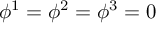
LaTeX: \phi ^ { 1 } = \phi ^ { 2 } = \phi ^ { 3 } = 0